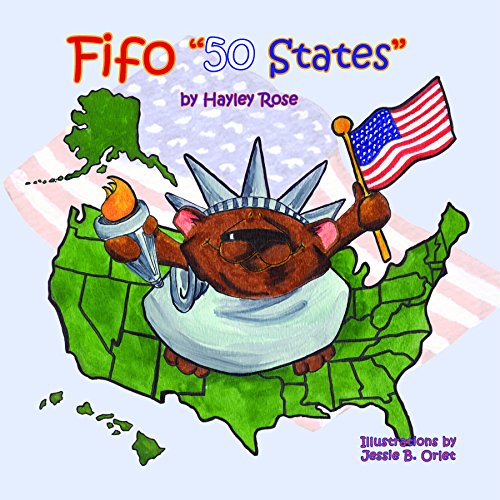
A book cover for Fifo 50 States (Mom's Choice Award Recipient, 1st Place Purple Dragonfly Awards, National Indie Excellence Award Finalist); Hayley Rose; Travel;